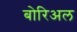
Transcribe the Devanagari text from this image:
बोरिअल